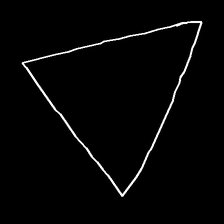
Glyph: convergence